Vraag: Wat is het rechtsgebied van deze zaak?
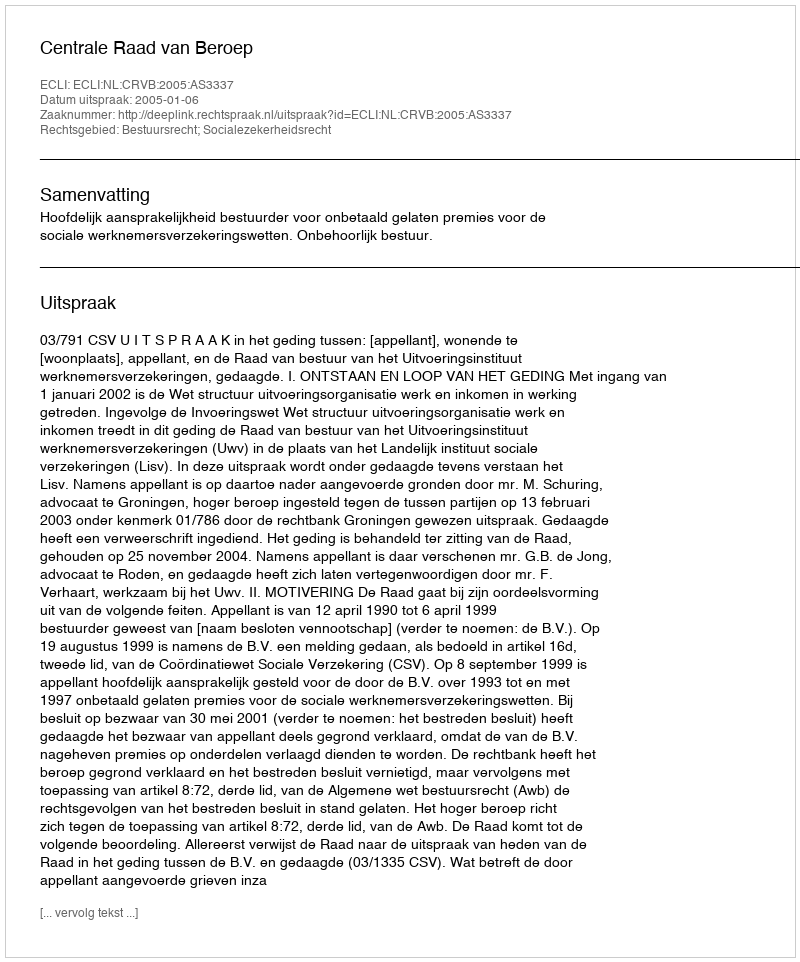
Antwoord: Bestuursrecht; Socialezekerheidsrecht